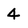
Character: 4